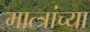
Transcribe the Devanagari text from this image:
मात्त्रांच्या